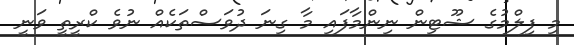
މި ފިލްމުގެ ޝޫޓިން ނިންމާފައި މާ ގިނަ ދުވަސްތަކެއް ނުވެ ކްރީތީ ވަނީ